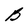
Character: B